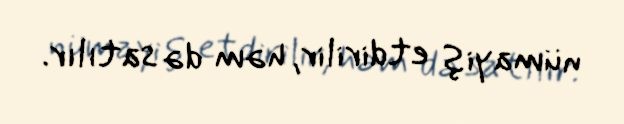
nümayiş etdirilir, həm də satılır.